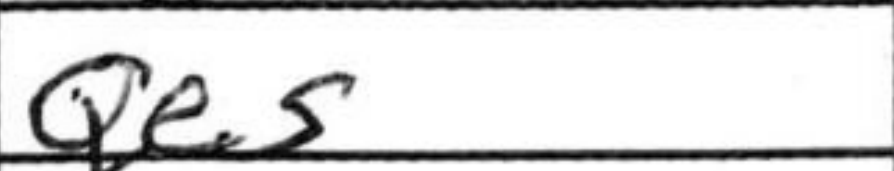
Transcription: Qe5